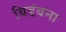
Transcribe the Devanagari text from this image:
बिडंबना